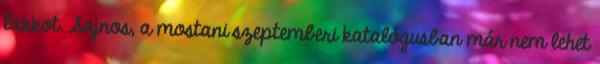
lakkot. Sajnos, a mostani szeptemberi katalógusban már nem lehet